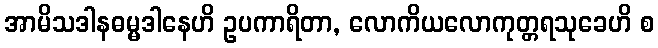
အာမိသဒါနဓမ္မဒါနေဟိ ဥပကာရိတာ, လောကိယလောကုတ္တရသုခေဟိ စ